Report on horse surra - Volume I
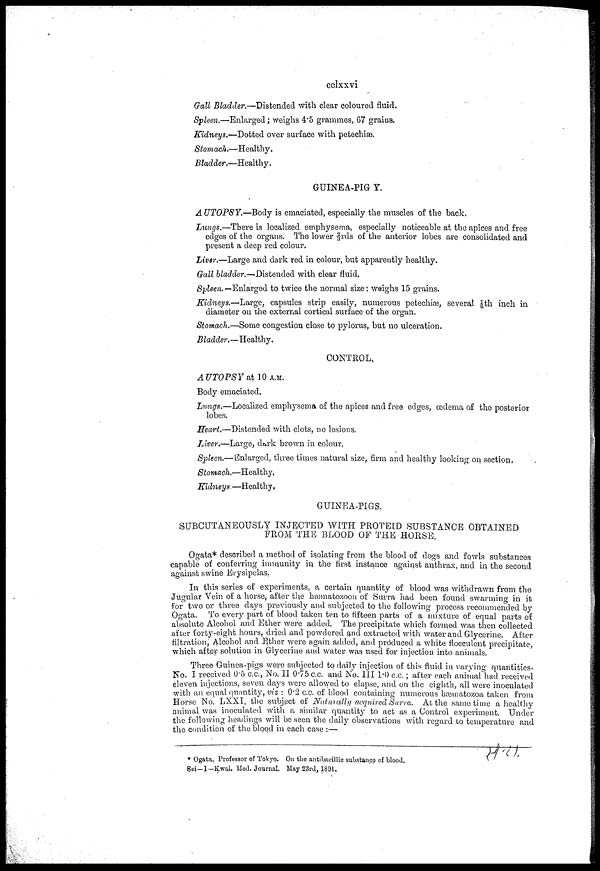
cclxxvi
Gall Bladder.—Distended with clear coloured fluid.
Spleen.—Enlarged; weighs 4.5 grammes, 67 grains.
Kidneys.—Dotted over surface with petechiæ.
Stomach.—Healthy.
Bladder.—Healthy.
GUINEA-PIG Y.
AUTOPSY.—Body is emaciated, especially the muscles of the back.
Lungs.—There is localized emphysema, especially noticeable at the apices and free
edges of the organs. The lower 2/3rds of the anterior lobes are consolidated and
present a deep red colour.
Liver.—Large and dark red in colour, but apparently healthy.
Gall bladder.—Distended with clear fluid,
Spleen. —Enlarged to twice the normal size : weighs 15 grains.
Kidneys.—Large, capsules strip easily, numerous petechiæ, several 1/6th inch in
diameter on the external cortical surface of the organ.
Stomach.—Some congestion close to pylorus, but no ulceration.
Bladder.—Healthy.
CONTROL.
AUTOPSY at 10A.M.
Body emaciated.
Lungs.—Localized emphysema of the apices and free edges, œdema of the posterior
lobes.
Heart.—Distended with clots, no lesions.
Liver.—Large, dark brown in colour.
Spleen.— Enlarged, three times natural size, firm and healthy looking on section.
Stomach.—Healthy,
Kidneys.—Healthy.
GUINEA-PIGS.
SUBCUTANEOUSLY INJECTED WITH PROTEID SUBSTANCE OBTAINED
FROM THE BLOOD OF THE HORSE,
Ogata* described a method of isolating from the blood of dogs and fowls substances
capable of conferring immunity in the first instance against anthrax, and in the second
against swine Erysipelas.
In this series of experiments, a certain quantity of blood was withdrawn from the
Jugular Vein of a horse, after the hæmatozoon of Surra had been found swarming in it
for two or three days previously and subjected to the following process recommended by
Ogata. To every part of blood taken ten to fifteen parts of a mixture of equal parts of
absolute Alcohol and Ether were added. The precipitate which formed was then collected
after forty-eight hours, dried and powdered and extracted with water and Glycerine. After
filtration, Alcohol and Ether were again added, and produced a white flocculent precipitate,
which after solution in Glycerine and water was used for injection into animals.
Three Guinea-pigs were subjected to daily injection of this fluid in varying quantities.
No. I received 0.5 c.c. No. II 0.75 c.c. and No. III 1.0 c.c. ; after each animal had received
eleven injections, seven days were allowed to elapse, and on the eighth, all were inoculated
with an equal quantity, viz : 0.2 c.c. of blood containing numerous hæmatozoa taken from
Horse No. LXXI, the subject of Naturally acquired Surra. At the same time a healthy
animal was inoculated with a similar quantity to act as a Control experiment. Under
the following headings will be seen the daily observations with regard to temperature and
the condition of the blood in each case :—
* Ogata, Professor of Tokyo. On the antibacillic substance of blood.
Sei—I—Kwai. Med. Journal. May 23rd, 1891.